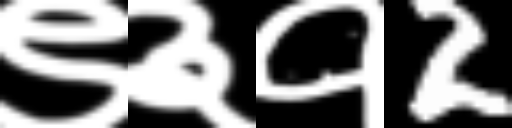
Text: ९३१2